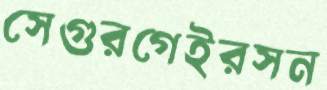
সেগুরগেইরসন